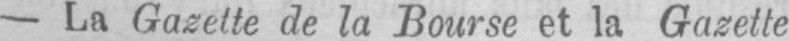
- La Gazette de la Bourse et la Gazette